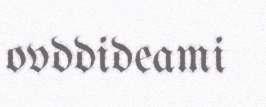
ovddideami